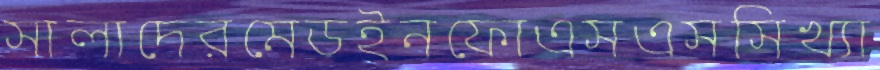
সালাদেরমেডইনফোএসএসসিখ্যা